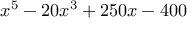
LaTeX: x ^ { 5 } - 2 0 x ^ { 3 } + 2 5 0 x - 4 0 0